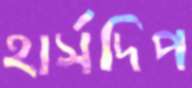
হার্সদিপ